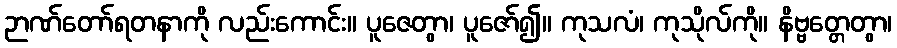
ဉာဏ်တော်ရတနာကို လည်းကောင်း။ ပူဇေတွာ၊ ပူဇော်၍။ ကုသလံ၊ ကုသိုလ်ကို။ နိဗ္ဗတ္တေတွာ၊